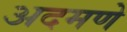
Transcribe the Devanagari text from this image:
अदमणे